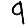
Digit: 9